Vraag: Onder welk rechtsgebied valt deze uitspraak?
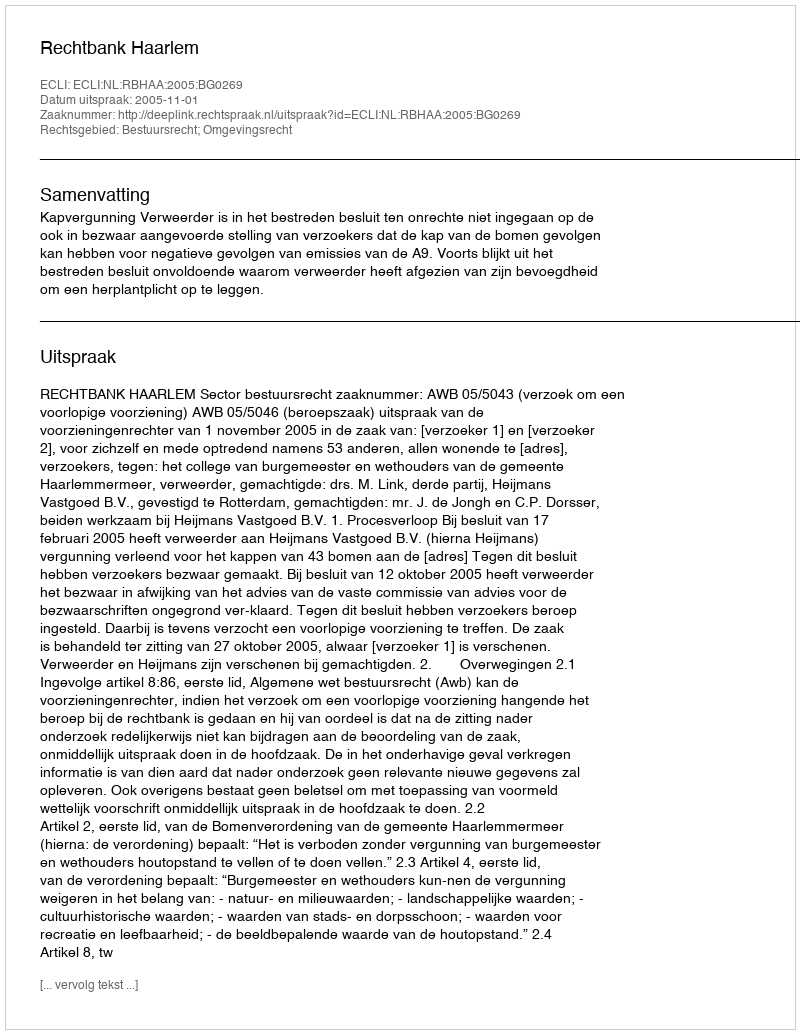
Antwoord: Bestuursrecht; Omgevingsrecht